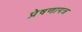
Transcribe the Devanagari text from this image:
प्रेषणापत्र